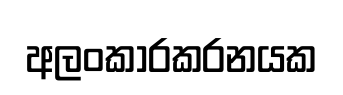
අලංකාරකරනයක